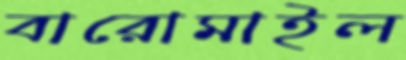
বারোমাইল